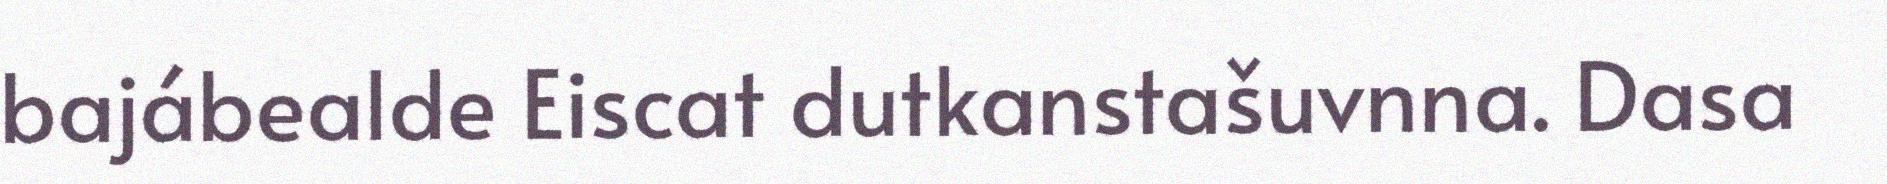
bajábealde Eiscat dutkanstašuvnna. Dasa